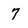
Character: 7